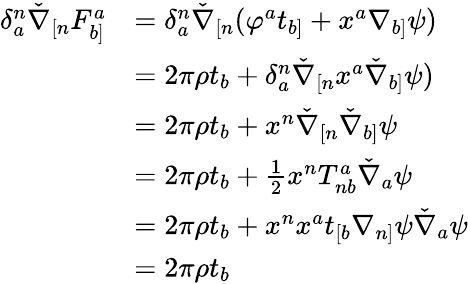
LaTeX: \begin{array}{rl}{\delta^{n}_{a}\check{\nabla}_{[n}F^{a}_{b]}}&{=\delta^{n}_{a}\check{\nabla}_{[n}(\varphi^{a}t_{b]}+x^{a}\nabla_{b]}\psi)}\\ &{=2\pi\rho t_{b}+\delta^{n}_{a}\check{\nabla}_{[n}x^{a}\check{\nabla}_{b]}\psi)}\\ &{=2\pi\rho t_{b}+x^{n}\check{\nabla}_{[n}\check{\nabla}_{b]}\psi}\\ &{=2\pi\rho t_{b}+\frac{1}{2}x^{n}T^{a}_{nb}\check{\nabla}_{a}\psi}\\ &{=2\pi\rho t_{b}+x^{n}x^{a}t_{[b}\nabla_{n]}\psi\check{\nabla}_{a}\psi}\\ &{=2\pi\rho t_{b}}\end{array}